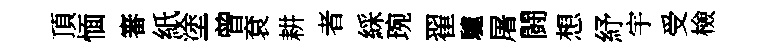
頂愐審紙塗曾袞耕者綵琬翟驢屠闘想紓宇受檢